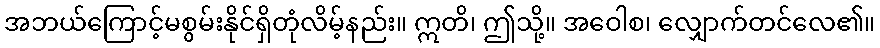
အဘယ်ကြောင့်မစွမ်းနိုင်ရှိတုံလိမ့်နည်း။ ဣတိ၊ ဤသို့။ အဝေါစ၊ လျှောက်တင်လေ၏။